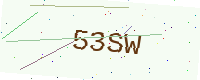
Text: 53SW